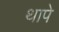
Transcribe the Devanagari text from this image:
थापे